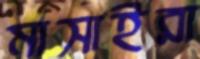
মাসাইরা